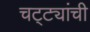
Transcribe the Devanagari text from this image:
चट्ट्यांची